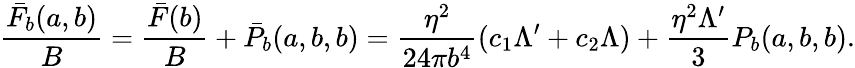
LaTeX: \frac{\bar{F}_{b}(a,b)}{B}=\frac{\bar{F}(b)}{B}+\bar{P}_{b}(a,b,b)=\frac{\eta^{2}}{24\pi b^{4}}(c_{1}\Lambda^{\prime}+c_{2}\Lambda)+\frac{\eta^{2}\Lambda^{\prime}}{3}P_{b}(a,b,b).